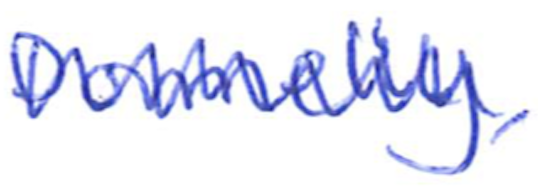
Text: Donnelly,
Cross-out: mix
Writing tool: ballpoint